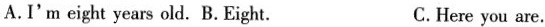
A.I'm eight years old. B.Eight. C.Here you are.